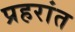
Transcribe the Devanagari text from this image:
प्रहरांत